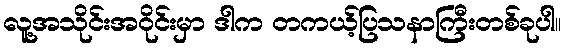
လူ့အသိုင်းအဝိုင်းမှာ ဒါက တကယ့်ပြသနာကြီးတစ်ခုပါ။